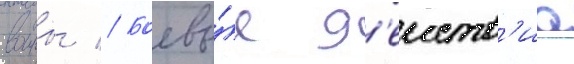
воины // Боевы́е д'еиств'иа